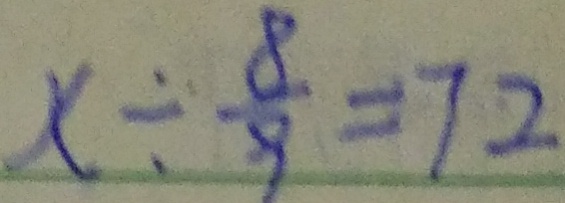
x \div \frac { 8 } { 9 } = 7 2